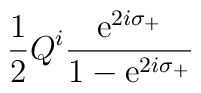
\frac{1}{2}Q^{i}     \frac{\mbox{e}^{2i\sigma_{+}}}{1-\mbox{e}^{2i\sigma_{+}}}